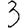
Digit: 3